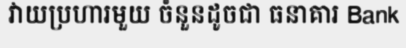
វាយប្រហារមួយ ចំនួនដូចជា ធនាគារ Bank